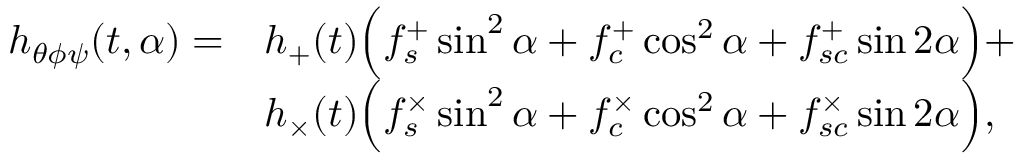
\begin{array} { r l } { h _ { \theta \phi \psi } ( t , \alpha ) = } & { h _ { + } ( t ) \Bigl ( f _ { s } ^ { + } \sin ^ { 2 } { \alpha } + f _ { c } ^ { + } \cos ^ { 2 } { \alpha } + f _ { s c } ^ { + } \sin { 2 \alpha } \Bigr ) + } \\ & { h _ { \times } ( t ) \Bigl ( f _ { s } ^ { \times } \sin ^ { 2 } { \alpha } + f _ { c } ^ { \times } \cos ^ { 2 } { \alpha } + f _ { s c } ^ { \times } \sin { 2 \alpha } \Bigr ) , } \end{array}